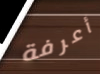
أعرفة